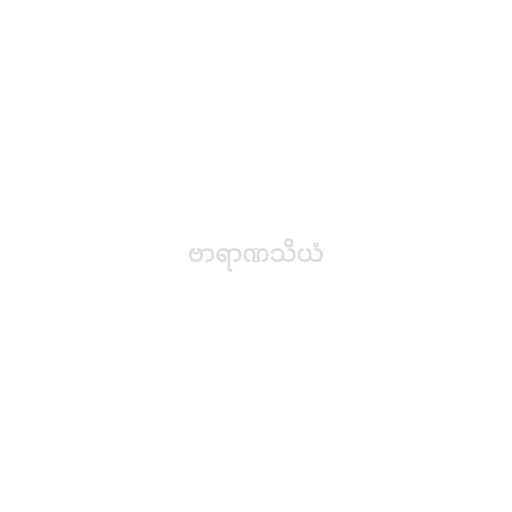
ဗာရာဏသိယံ